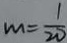
m = \frac { 1 } { 2 0 }